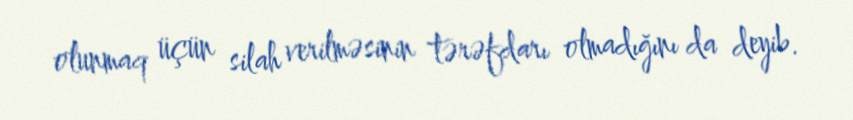
olunmaq üçün silah verilməsinin tərəfdarı olmadığını da deyib.